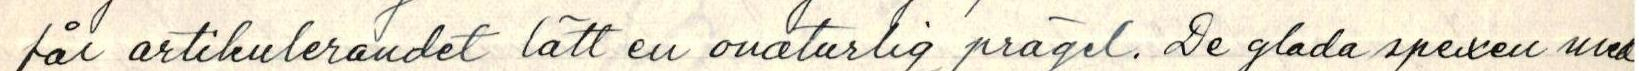
får artikulerandet lätt en onaturlig prägel. De glada spexen med